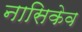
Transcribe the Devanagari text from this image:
नासिकेव